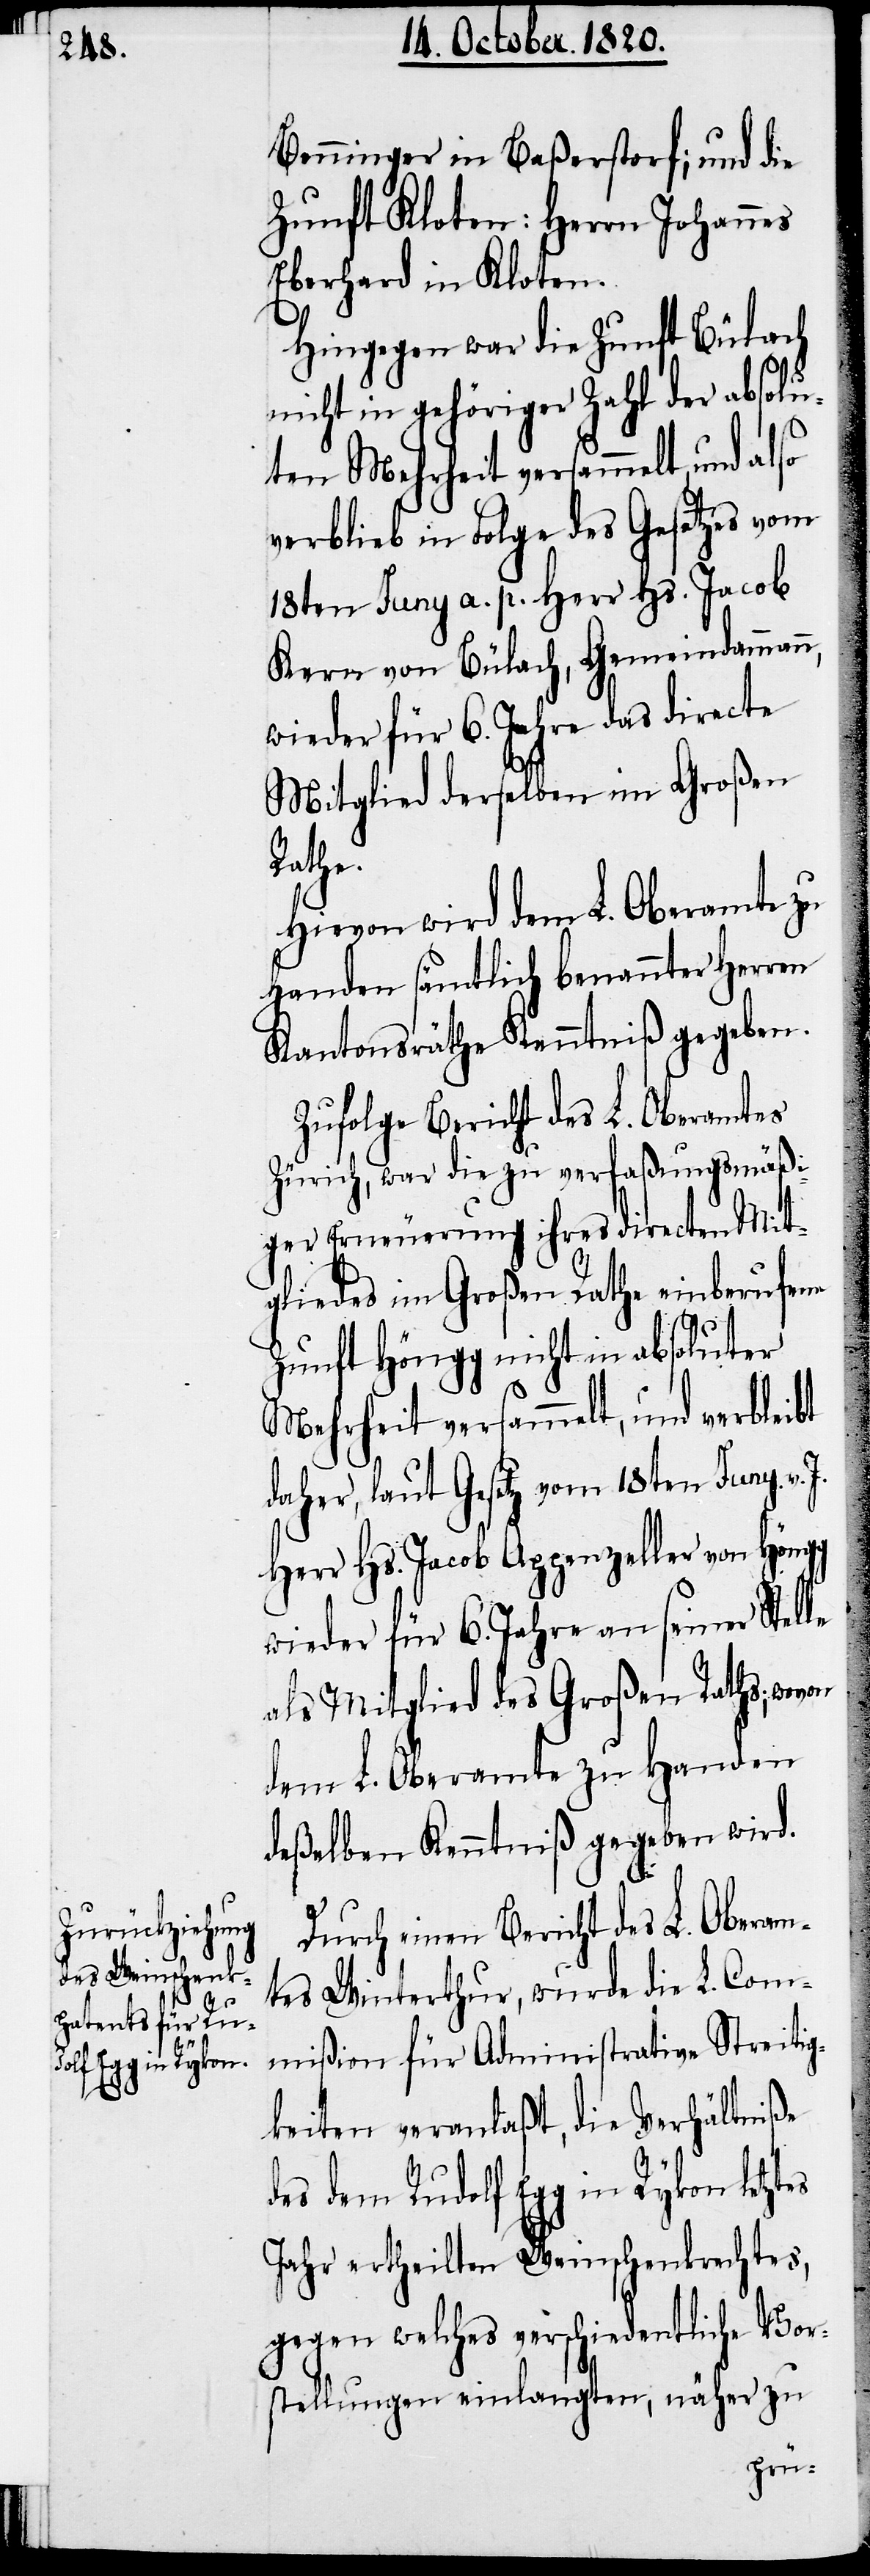
Benninger in Baßerstorf; und die
Zunft Kloten: Herrn Johannes
Eberhard in Kloten.
Hingegen war die Zunft Bülach
nicht in gehöriger Zahl der absolu¬
ten Mehrheit versammelt, und also
verblieb in Folge des Gesetzes vom
18ten Juny a. p. Herr Hs. Jacob
Kern von Bülach, Gemeindammann,
wieder für 6. Jahre das directe
Mitglied derselben im Großen
Rathe.
Hievon wird dem L. Oberamte zu
Handen sämtlich benannter Herren
Kantonsräthe Kenntniß gegeben.
Zufolge Bericht des L. Oberamtes
Zürich, war die zu verfaßungsmäßi¬
ger Erneuerung ihres directen Mit¬
gliedes im Großen Rathe einberufene
Zunft Höngg nicht in absoluter
Mehrheit versammelt, und verbleibt
daher, laut Gesetz vom 18ten Juny v.
Herr Hs. Jacob Appenzeller von Höngg
wieder für 6. Jahre an seiner Stelle
als Mitglied des Großen Raths, wovon
dem L. Oberamte zu Handen
deßelben Kenntniß gegeben wird.
Durch einen Bericht des L. Oberam¬
tes Winterthur, wurde die L. Com¬
mißion für Administrative Streitig¬
keiten veranlaßt, die Verhältniße
des dem Rudolf Egg in Rykon letztes
Jahr ertheilten Weinschenkrechtes,
gegen welches verschiedentliche Vor¬
stellungen einlangten, näher zu